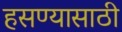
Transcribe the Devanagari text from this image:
हसण्यासाठी